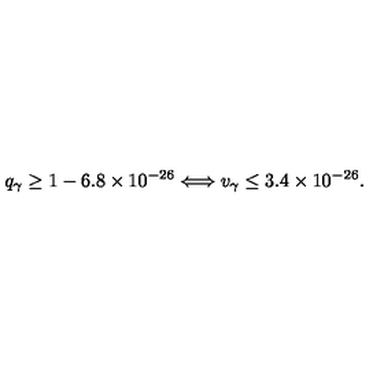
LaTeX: q _ { \gamma } \geq 1 - 6 . 8 \times 1 0 ^ { - 2 6 } \Longleftrightarrow v _ { \gamma } \leq 3 . 4 \times 1 0 ^ { - 2 6 } .